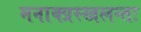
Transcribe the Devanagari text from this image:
मनाक्प्रस्खलन्तः